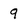
Character: 9